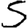
Digit: 5